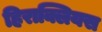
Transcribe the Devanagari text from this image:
हिराक्लियस